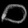
Digit: ၀